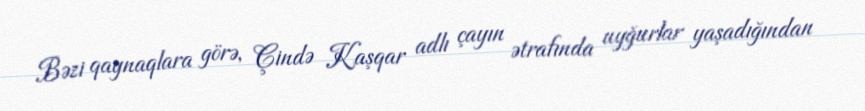
Bəzi qaynaqlara görə, Çində Kaşqar adlı çayın ətrafında uyğurlar yaşadığından